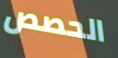
الحصص